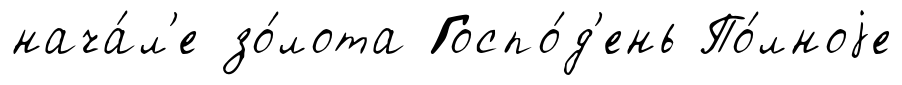
нача́л'е зо́лота Госпо́д'ень По́лноjе